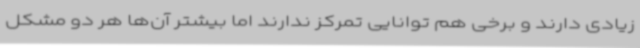
زیادی دارند و برخی هم توانایی تمرکز ندارند اما بیشتر آن‌ها هر دو مشکل